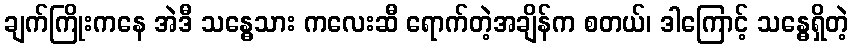
ချက်ကြိုးကနေ အဲဒီ သန္ဓေသား ကလေးဆီ ရောက်တဲ့အချိန်က စတယ်၊ ဒါကြောင့် သန္ဓေရှိတဲ့